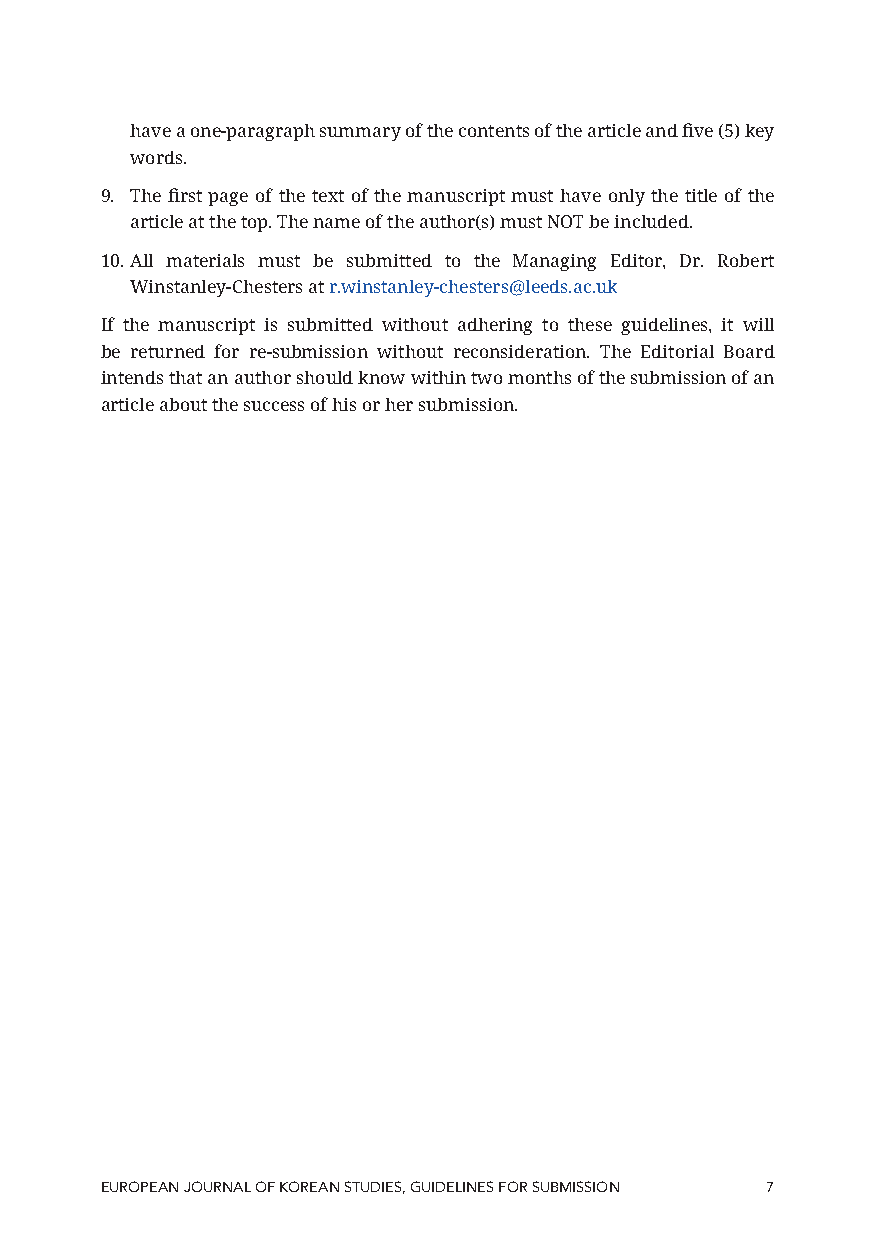
have a one-paragraph summary of the contents of the article and five (5) key
 words.
 9. The first page of the text of the manuscript must have only the title of the
 article at the top. The name of the author(s) must NOT be included.
 10. All materials must be submitted to the Managing Editor, Dr. Robert
 Winstanley-Chesters at r.winstanley-chesters@leeds.ac.uk
 If the manuscript is submitted without adhering to these guidelines, it will
 be returned for re-submission without reconsideration. The Editorial Board
 intends that an author should know within two months of the submission of an
 article about the success of his or her submission.
 EUROPEAN JOURNAL OF KOREAN STUDIES, GUIDELINES FOR SUBMISSION 7